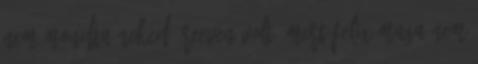
nem mondta neked, Reeven volt? Mert Felix maga nem